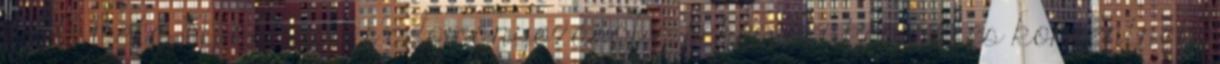
III. Béla 1193-as inotai adományozását a fehérvári keresztes konventnek.